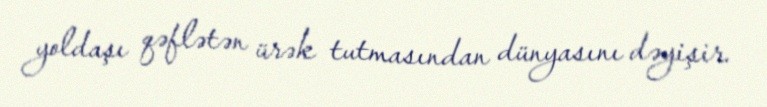
yoldaşı qəflətən ürək tutmasından dünyasını dəyişir.